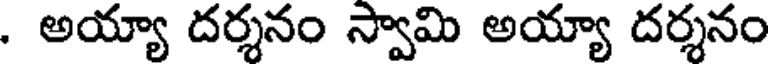
. అయ్యా దర్శనం స్వామి అయ్యా దర్శనం